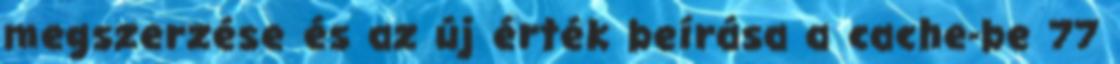
megszerzése és az új érték beírása a cache-be 77